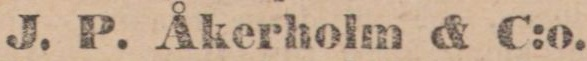
J. P. Åkerholm & C:o.